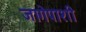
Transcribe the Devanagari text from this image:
जागेपाशी